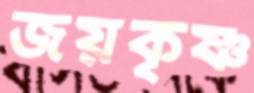
জয়কৃষ্ণ